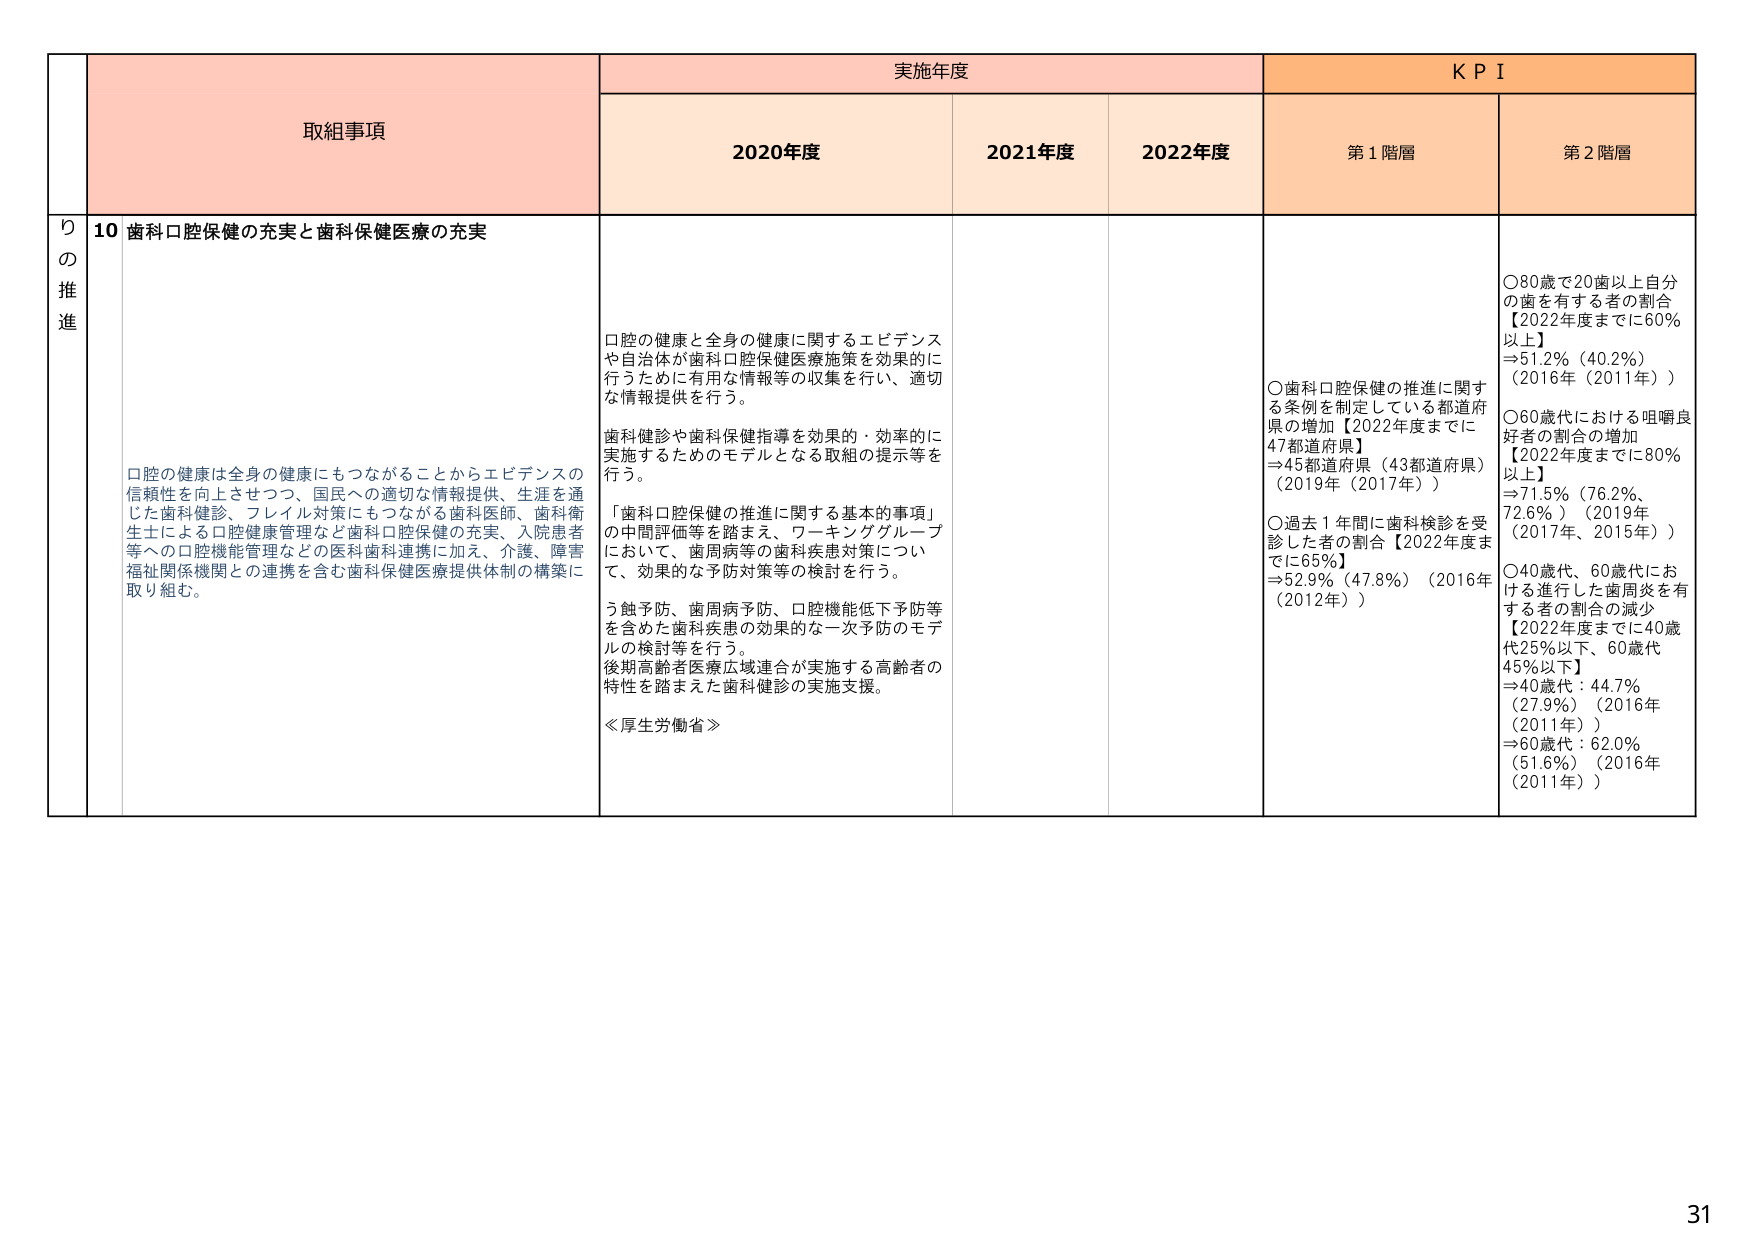
取組事項
実施年度
KPI
2020年度
2021年度
2022年度
第1階層
第2階層
りの推進
10 歯科口腔保健の充実と歯科保健医療の充実
口腔の健康と全身の健康に関するエビデンスや自治体が歯科口腔保健医療施策を効果的に行うために有用な情報等の収集を行い、適切な情報提供を行う。
歯科健診や歯科保健指導を効果的・効率的に実施するためのモデルとなる取組の提示等を行う。
「歯科口腔保健の推進に関する基本的事項」の中間評価等を踏まえ、ワーキンググループにおいて、歯周病等の歯科疾患対策について、効果的な予防対策等の検討を行う。
う蝕予防、歯周病予防、口腔機能低下予防等を含めた歯科疾患の効果的な一次予防のモデルの検討等を行う。
後期高齢者医療広域連合が実施する高齢者の特性を踏まえた歯科健診の実施支援。
≪厚生労働省≫
口腔の健康は全身の健康にもつながることからエビデンスの信頼性を向上させつつ、国民への適切な情報提供、生涯を通じた歯科健診、フレイル対策にもつながる歯科医師、歯科衛生士による口腔健康管理など歯科口腔保健の充実、入院患者等への口腔機能管理などの医科歯科連携に加え、介護、障害福祉関係機関との連携を含む歯科保健医療提供体制の構築に取り組む。
〇歯科口腔保健の推進に関する条例を制定している都道府県の増加【2022年度までに47都道府県】
⇒45都道府県（43都道府県）（2019年（2017年））
〇過去1年間に歯科検診を受診した者の割合【2022年度までに65%】
⇒52.9%（47.8%）（2016年（2012年））
〇80歳で20歯以上自分の歯を有する者の割合【2022年度までに60%以上】
⇒51.2%（40.2%）（2016年（2011年））
〇60歳代における咀嚼良好者の割合の増加【2022年度までに80%以上】
⇒71.5%（76.2%、72.6%）（2019年（2017年、2015年））
〇40歳代、60歳代における進行した歯周炎を有する者の割合の減少【2022年度までに40歳代25%以下、60歳代45%以下】
⇒40歳代：44.7%（27.9%）（2016年（2011年））
⇒60歳代：62.0%（51.6%）（2016年（2011年））
31